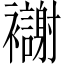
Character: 𫌗